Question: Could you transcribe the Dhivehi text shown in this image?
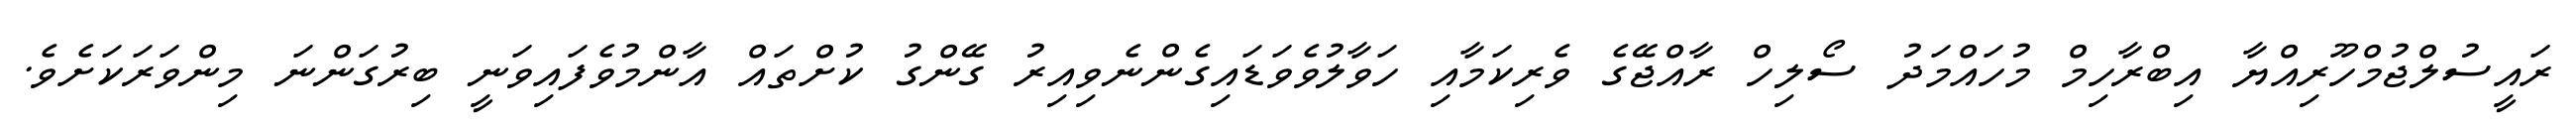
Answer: ރައީސުލްޖުމްހޫރިއްޔާ އިބްރާހިމް މުހައްމަދު ސޯލިހް ރާއްޖޭގެ ވެރިކަމާއި ހަވާލުވެވަޑައިގެންނެވިއިރު ގޭންގު ކުށްތައް އާންމުވެފައިވަނީ ބިރުގަންނަ މިންވަރަކަށެވެ.